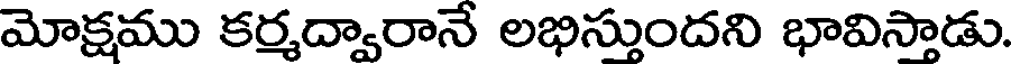
మోక్షము కర్మద్వారానే లభిస్తుందని భావిస్తాడు.